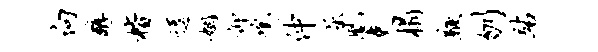
向醇楷逗姻仰鸣仲屈凰吏榻鞭刎站